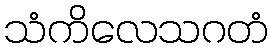
သံကိလေသဂတံ